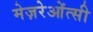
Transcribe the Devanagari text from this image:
मेज़रेओंत्सी